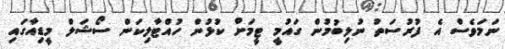
ނަމަވެސް އެ ފުރުސަތު ނުލިބުމުން ގައުމީ ޓީމަށް ކުޅުން ހުއްޓާލިކަން ސޯޝަލް މީޑިއާގައި